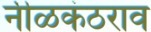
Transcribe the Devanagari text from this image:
नीळकंठराव